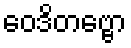
ဝေဒိတဗ္ဗော